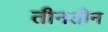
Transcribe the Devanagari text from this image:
तीनतीन